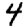
Digit: 4